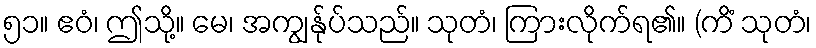
၅၁။ ဧဝံ၊ ဤသို့။ မေ၊ အကျွန်ုပ်သည်။ သုတံ၊ ကြားလိုက်ရ၏။ (ကိံ သုတံ၊